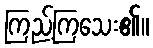
ကြည့်ကြသေး၏။